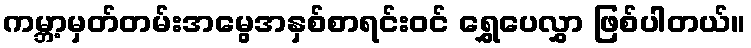
ကမ္ဘာ့မှတ်တမ်းအမွေအနှစ်စာရင်းဝင် ရွှေပေလွှာ ဖြစ်ပါတယ်။